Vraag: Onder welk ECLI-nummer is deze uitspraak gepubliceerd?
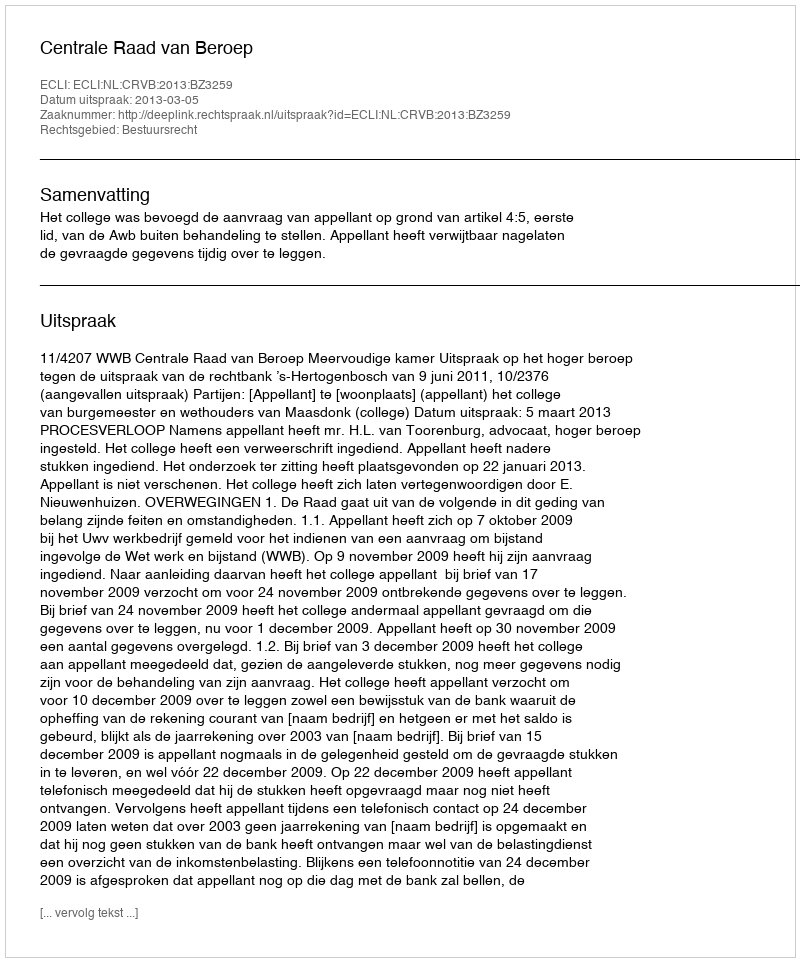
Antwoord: ECLI:NL:CRVB:2013:BZ3259